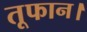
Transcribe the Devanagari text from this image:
तूफान।